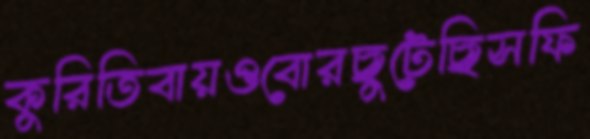
কুরিতিবায়ওবোরছুটেছিসফি